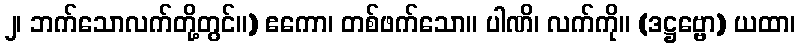
၂၊ ဘက်သောလက်တို့တွင်။) ဧကော၊ တစ်ဖက်သော။ ပါဏိ၊ လက်ကို။ (ဒဋ္ဌဗ္ဗော) ယထာ၊